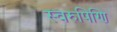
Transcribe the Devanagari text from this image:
स्वरुपिणि